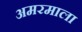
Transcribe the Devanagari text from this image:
अमरमाला